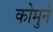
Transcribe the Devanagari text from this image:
कोमुने